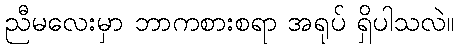
ညီမလေးမှာ ဘာကစားစရာ အရုပ် ရှိပါသလဲ။